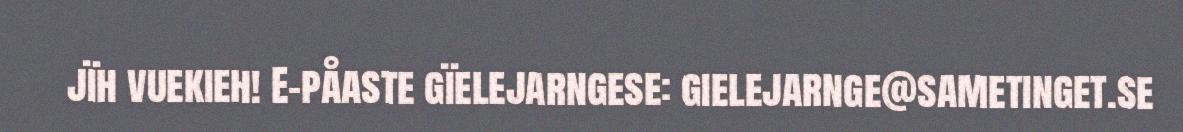
jïh vuekieh! E-påaste gïelejarngese: gielejarnge@sametinget.se